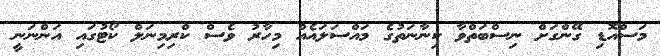
މަސްއޮޑި ގޭންގަށް ނިސްބަތްވާ ކިނާނަތުގެ މައްސަލައެއް މިހާރު ވެސް ކްރިމިނަލް ކޯޓުގައި އަންނަނީ